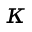
\kappa